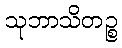
သုဘာသိတဉ္စ